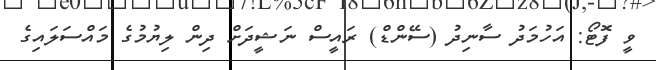
ވީ ފޮޓޯ: އަހުމަދު ސާނިދު (ސޭންޑް) ރައީސް ނަޝީދަށް ދިން ލިޔުމުގެ މައްސަލައިގެ